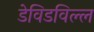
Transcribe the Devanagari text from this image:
डेविडविल्ल